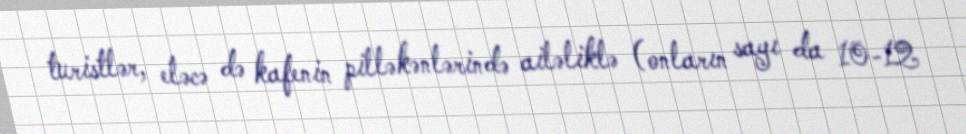
turistlər, eləcə də kafenin pilləkənlərində ailəliklə (onların sayı da 10-12